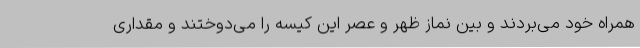
همراه خود می‌بردند و بین نماز ظهر و عصر این کیسه را می‌دوختند و مقداری